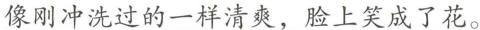
\underline{像刚冲洗过的一样清爽，脸上笑成了花。}